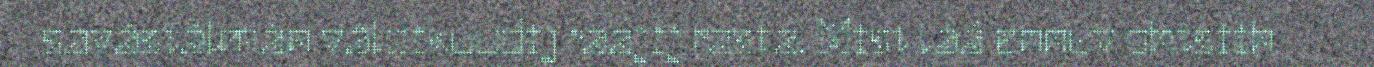
savâstâlmân väldikuudij raajij rasta. Mist láá ennuv ohtsiih